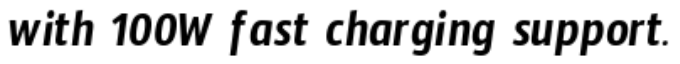
with 100W fast charging support.